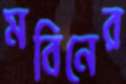
মবিনের